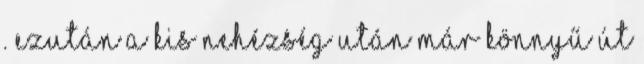
. Ezután a kis nehézség után már könnyű út